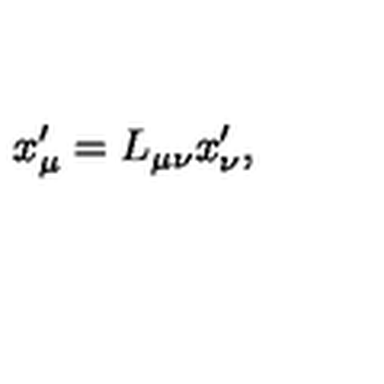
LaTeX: x _ { \mu } ^ { \prime } = L _ { \mu \nu } x _ { \nu } ^ { \prime } ,